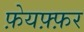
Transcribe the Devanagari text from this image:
फ़ेयफ़्फ़र